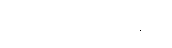
ဗိုလ်တထောင်မြို့နယ်